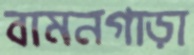
বামনগাড়া